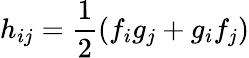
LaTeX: h_{ij}=\frac{1}{2}(f_{i}g_{j}+g_{i}f_{j})